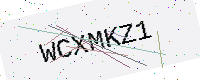
Text: WCXMKZ1